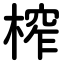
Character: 榨